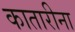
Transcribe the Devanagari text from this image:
कातारीना